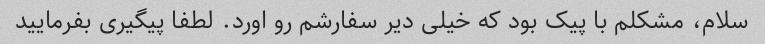
سلام، مشکلم با پیک بود که خیلی دیر سفارشم رو اورد. لطفا پیگیری بفرمایید